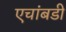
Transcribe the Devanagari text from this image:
एचांबडी